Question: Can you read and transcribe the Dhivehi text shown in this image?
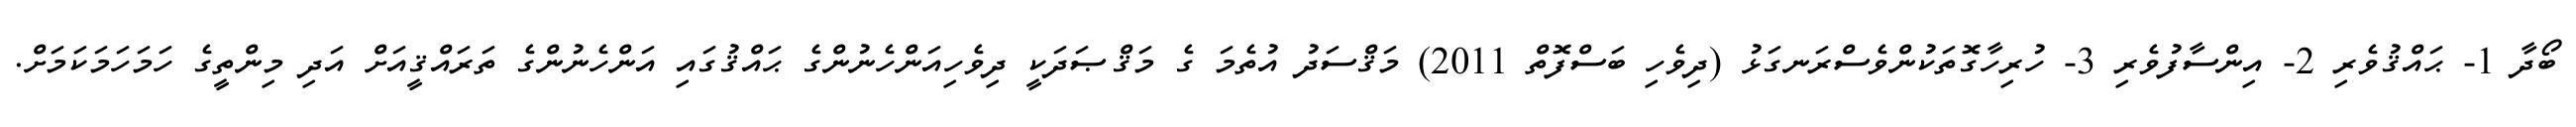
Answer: ބޯދާ 1- ޙައްޤުވެރި 2- އިންސާފުވެރި 3- ހުރިހާގޮތަކުންވެސްރަނގަޅު (ދިވެހި ބަސްފޮތް 2011) މަޤްސަދު އުތެމަ ގެ މަޤްޞަދަކީ ދިވެހިއަންހެނުންގެ ޙައްޤުގައި އަންހެނުންގެ ތަރައްޤީއަށް އަދި މިންތީގެ ހަމަހަމަކަމަށް.